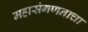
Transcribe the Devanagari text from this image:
महासंगणनाचा